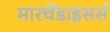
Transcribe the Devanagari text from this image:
मारचेंडाइसर्स